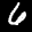
Label: 6